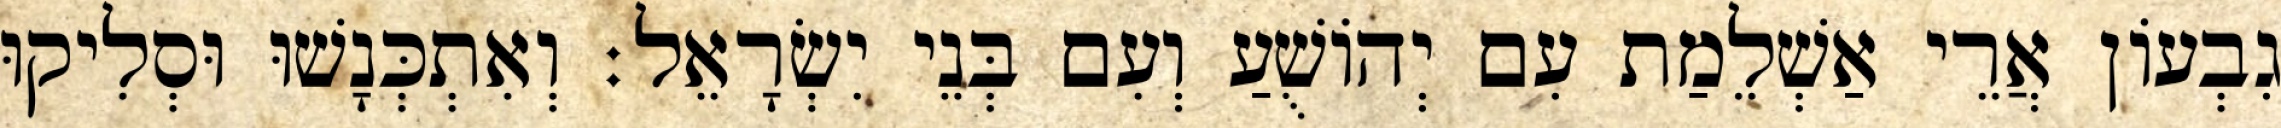
גִבְעוֹן אֲרֵי אַשְׁלֵמַת עִם יְהוֹשֻׁעַ וְעִם בְּנֵי יִשְׂרָאֵל׃ וְאִתְכְּנָשׁוּ וּסְלִיקוּ